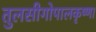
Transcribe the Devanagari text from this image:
तुलसीगोपालकृष्‍णा